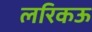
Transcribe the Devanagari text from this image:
लरिकऊ